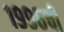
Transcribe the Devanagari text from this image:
१९९६ची